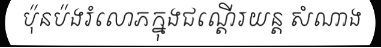
ប៉ុនប៉ងរំលោភក្នុងជណ្តើរយន្ត សំណាង